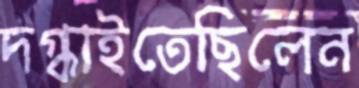
দগ্ধাইতেছিলেন